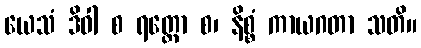
ယေသံ ဒိဝါ စ ရတ္တော စ၊ နိစ္စံ ကာယဂတာ သတိ။